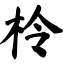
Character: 柃